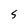
Character: S